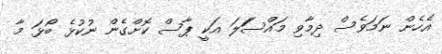
އެހެން ނަމަވެސް ދިމާވި މައްސަަލަ އަކީ ޕާސް ކޮށްގެން ނުކުޅެ ބޯޅަ މާ